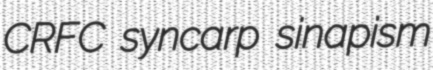
CRFC syncarp sinapism